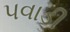
પવાડી